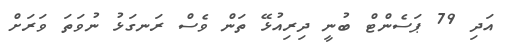
އަދި 79 ޕަސެންޓް ބުނީ ދިރިއުޅޭ ތަން ވެސް ރަނގަޅު ނުވަތަ ވަރަށް